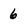
Character: 6